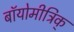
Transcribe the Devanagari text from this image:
बॉयोमीट्रिक्